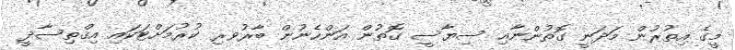
މީގެ އިތުރުން މަދަނީ ގޮތުންނާއި ސިޔާސީ ގޮތުން އަންހެނުން ބާރުވރި ކުރުމަށްޓަކައި އިޤްތިސާދީ